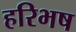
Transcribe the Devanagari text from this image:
हरिभष